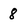
Character: 8